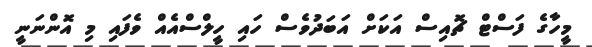
މީހާގެ ފަސްޓް ޗޮއިސް އަކަށް އަބަދުވެސް ހައި ހީލްސްއެއް ވެފައި މި އޮންނަނީ